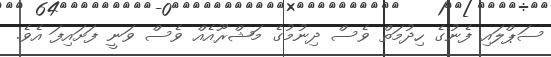
ސަޕްލައި ފެނުގެ ހިދުމަތް ވެސް ދިނުމުގެ މަޝްރޫއެއް ވެސް ވަނީ ފަށައިފަ އެވެ.